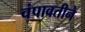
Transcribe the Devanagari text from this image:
चंपावतीने